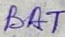
Text: BAT